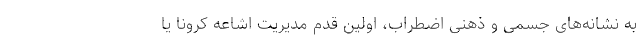
به نشانه‌های جسمی‌ و ذهنی اضطراب، اولین قدم مدیریت اشاعه کرونا یا